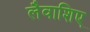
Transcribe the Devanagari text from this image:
लैवाशिए